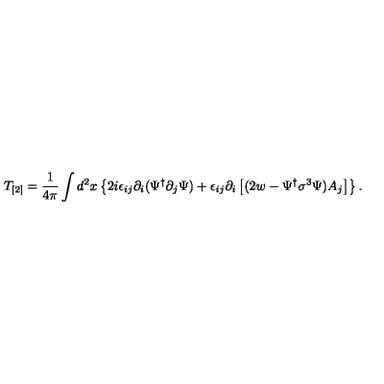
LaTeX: T _ { [ 2 ] } = \frac { 1 } { 4 \pi } \int d ^ { 2 } x \left\{ 2 i \epsilon _ { i j } \partial _ { i } ( \Psi ^ { \dagger } \partial _ { j } \Psi ) + \epsilon _ { i j } \partial _ { i } \left[ ( 2 w - \Psi ^ { \dagger } \sigma ^ { 3 } \Psi ) A _ { j } \right] \right\} .